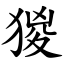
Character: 猣